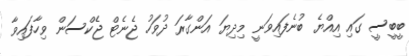
ބީބީސީ ގައި އިއްޔެ ބުނެފައިވަނީ މިދިޔަ އަންގާރަ ދުވަހު ޖެނެޓް ޖެކްސަން ވިހާފައިވާ